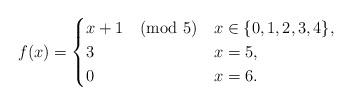
LaTeX: \begin{align*}f(x) = \begin{cases}x+1 \pmod 5 & x \in \{ 0,1,2,3,4\}, \\3 & x = 5, \\0 & x = 6. \end{cases}\end{align*}